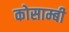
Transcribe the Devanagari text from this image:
कोसाम्बी